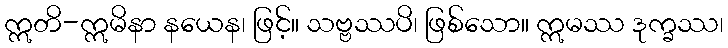
ဣတိ-ဣမိနာ နယေန၊ ဖြင့်။ သဗ္ဗဿပိ၊ ဖြစ်သော။ ဣမဿ ဒုက္ခဿ၊